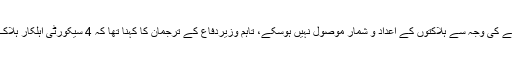
علاقے میں مواصلاتی نظام میں خرابی پیدا ہونے کی وجہ سے ہلاکتوں کے اعداد و شمار موصول نہیں ہوسکے، تاہم وزیردفاع کے ترجمان کا کہنا تھا کہ 4 سیکورٹی اہلکار ہلاک جبکہ ’درجنوں‘ دہشت گرد بھی ہلاک ہوگئے۔